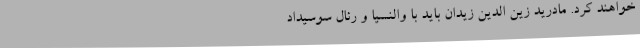
خواهند کرد. مادرید زین الدین زیدان باید با والنسیا و رئال سوسیداد